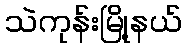
သဲကုန်းမြို့နယ်